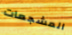
المشجعات